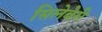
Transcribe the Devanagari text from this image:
सिलेबेरी